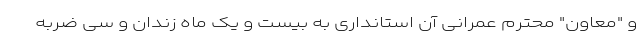
و "معاون" محترم عمرانی آن استانداری به بیست و یک ماه زندان و سی ضربه